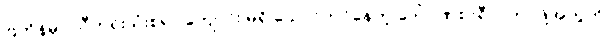
ဗြိတိန်မှာ သီတင်းသုံးစရာ ကျောင်း မရှိ သောင်တင်နေတဲ့ ဒေါ်ဂုဏစာရီ ဝါကပ်ဖို့အတွက်